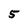
Character: 5